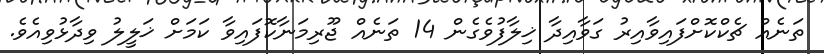
ތަނެއް ޗެކްކޮށްފައިވާއިރު ގަވާއިދާ ޚިލާފުވެގެން 14 ތަނެއް ޖޫރިމަނާކޮފައިވާ ކަމަށް ޚަލީލު ވިދާޅުވިއެވެ.